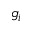
g _ { i }